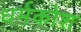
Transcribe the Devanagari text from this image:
धर्मकोश